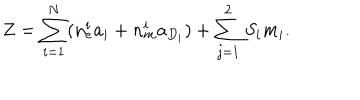
Z = \sum _ { i = 1 } ^ { N } ( n _ { e } ^ { i } a _ { i } + n _ { m } ^ { i } a _ { D _ { i } } ) + \sum _ { j = 1 } ^ { 2 } S _ { i } m _ { i } .